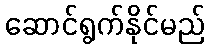
ဆောင်ရွက်နိုင်မည်